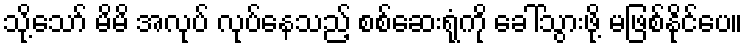
သို့သော် မိမိ အလုပ် လုပ်နေသည့် စစ်ဆေးရုံကို ခေါ်သွားဖို့ မဖြစ်နိုင်ပေ။